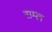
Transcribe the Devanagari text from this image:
राम्ल